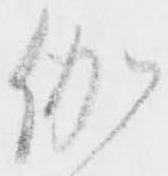
伽